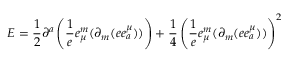
{ \cal E } = \frac { 1 } { 2 } \partial ^ { a } \left( \frac { 1 } { e } e _ { \mu } ^ { m } ( \partial _ { m } ( e e _ { a } ^ { \mu } ) ) \right) + \frac { 1 } { 4 } \left( \frac { 1 } { e } e _ { \mu } ^ { m } ( \partial _ { m } ( e e _ { a } ^ { \mu } ) ) \right) ^ { 2 }